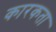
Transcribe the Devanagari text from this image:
कारकता